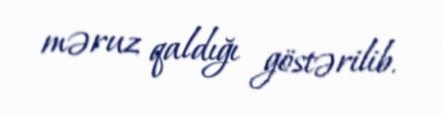
məruz qaldığı göstərilib.